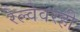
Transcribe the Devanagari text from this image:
रेल्वेवरही